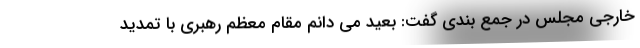
خارجی مجلس در جمع بندی گفت: بعید می دانم مقام معظم رهبری با تمدید